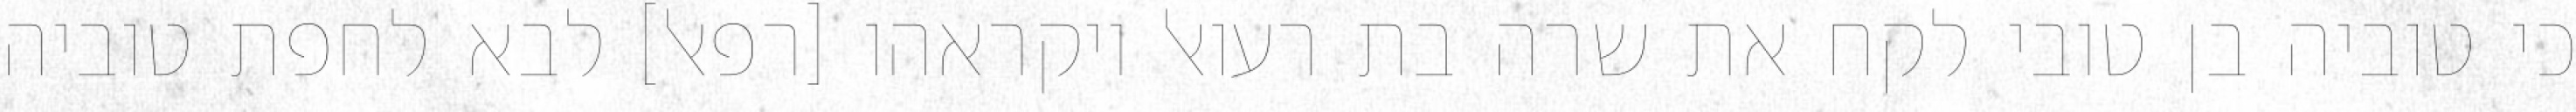
כי טוביה בן טובי לקח את שרה בת רעואל ויקראהו [רפאל] לבא לחפת טוביה